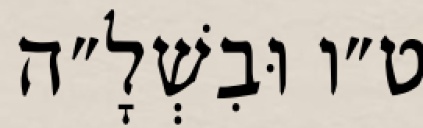
ט״ו וּבִשְׁלָ״ה